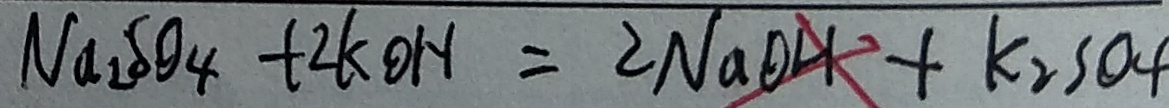
N a _ { 2 } S O _ { 4 } + 2 K O H = 2 N a O H + k _ { 2 } S O _ { 4 }